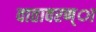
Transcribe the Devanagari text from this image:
वातावरण्ा